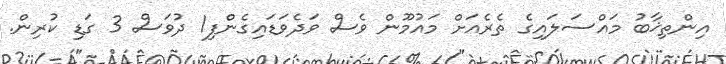
އިންތިޚާބު މައްސަލައިގެ ތެރެއަށް މައުމޫން ވެސް ވަދެވަޑައިގެންފި1 ދުވަސް 3 ގަޑި ކުރިން.